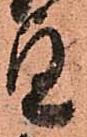
望